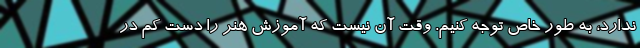
ندارد، به طور خاص توجه کنیم. وقت آن نیست که آموزش هنر را دست کم در